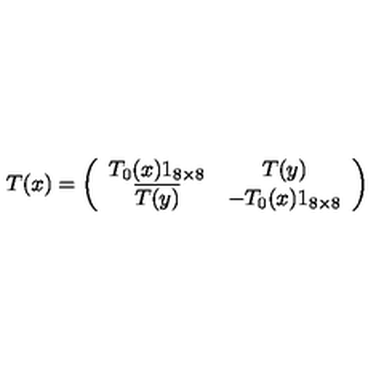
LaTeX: T ( x ) = \left( \begin{array} { c c } { T _ { 0 } ( x ) 1 _ { 8 \times 8 } } & { T ( y ) } \\ { \overline { { T ( y ) } } } & { - T _ { 0 } ( x ) 1 _ { 8 \times 8 } } \\ \end{array} \right)